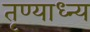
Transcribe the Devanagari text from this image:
तृण्याध्न्य